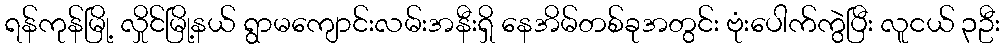
ရန်ကုန်မြို့ လှိုင်မြို့နယ် ရွာမကျောင်းလမ်းအနီးရှိ နေအိမ်တစ်ခုအတွင်း ဗုံးပေါက်ကွဲပြီး လူငယ် ၃ဦး